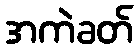
အကဲခတ်